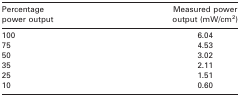
<table><thead><tr><td><b>Percentage power output</b></td><td><b>Measured power output (mW/cm<sup>2</sup>)</b></td></tr></thead><tbody><tr><td>100</td><td>6.04</td></tr><tr><td>75</td><td>4.53</td></tr><tr><td>50</td><td>3.02</td></tr><tr><td>35</td><td>2.11</td></tr><tr><td>25</td><td>1.51</td></tr><tr><td>10</td><td>0.60</td></tr></tbody></table>